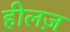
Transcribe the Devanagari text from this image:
हीलज़